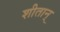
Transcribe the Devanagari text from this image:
शीतान्